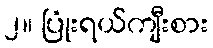
၂။ ပြုံးရယ်ကျီးစား